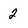
Character: 2